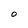
Character: O